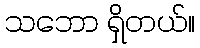
သဘော ရှိတယ်။